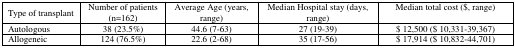
<table><thead><tr><td><b>Type of transplant</b></td><td><b>Number of patients (n=162)</b></td><td><b>Average Age (years, range)</b></td><td><b>Median Hospital stay (days, range)</b></td><td><b>Median total cost ($, range)</b></td></tr></thead><tbody><tr><td>Autologous</td><td>38 (23.5%)</td><td>44.6 (7–63)</td><td>27 (19–39)</td><td>$ 12,500 ($ 10,331–39,367)</td></tr><tr><td>Allogeneic</td><td>124 (76.5%)</td><td>22.6 (2–68)</td><td>35 (17–56)</td><td>$ 17,914 ($ 10,832–44,701)</td></tr></tbody></table>